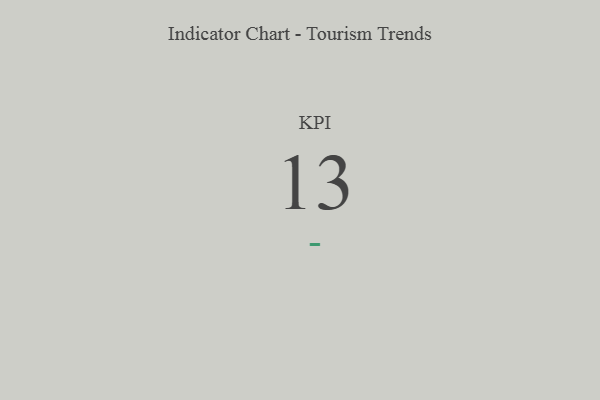
{"axis": {"x": "KPI", "y": "Value"}, "legend": [""], "data": [{"x": "KPI", "y": 13, "type": ""}]}